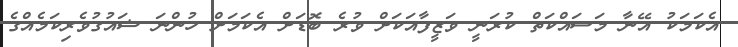
އެކަމަކު އޭނާ މަސައްކަތް ކުރަނީ ވަޒީފާއަކަށް ވުރެ ބޮޑަށް އެކަމަށް ހުންނަ ޝައުގުވެރިކަމެއްގެ